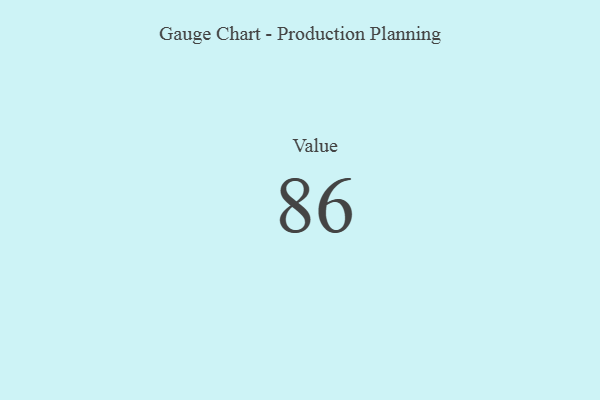
{"axis": {"x": "Metric", "y": "Value"}, "legend": [""], "data": [{"x": "Value", "y": 86, "type": ""}]}